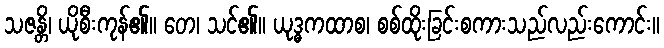
သဇန္တိ၊ ယိုစီးကုန်၏။ တေ၊ သင်၏။ ယုဒ္ဓကထာစ၊ စစ်ထိုးခြင်းစကားသည်လည်းကောင်း။